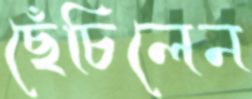
ছেঁচিলেন